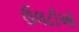
ઉલટીઓ